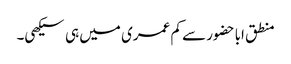
منطق اباحضور سے کم عمری میں ہی سیکھی۔